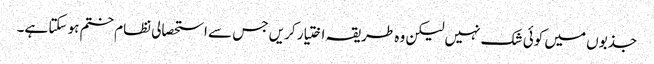
جذبوں میں کوئی شک نہیں لیکن وہ طریقہ اختیار کریں جس سے استحصالی نظام ختم ہو سکتا ہے۔